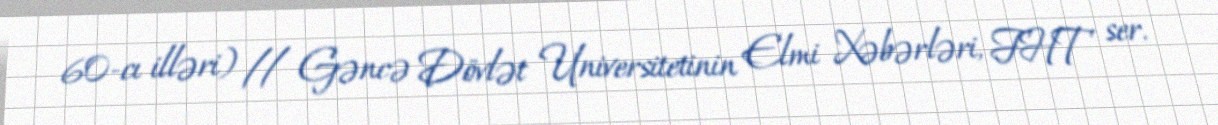
60-cı illəri) // Gəncə Dövlət Universitetinin Elmi Xəbərləri, FHT ser.